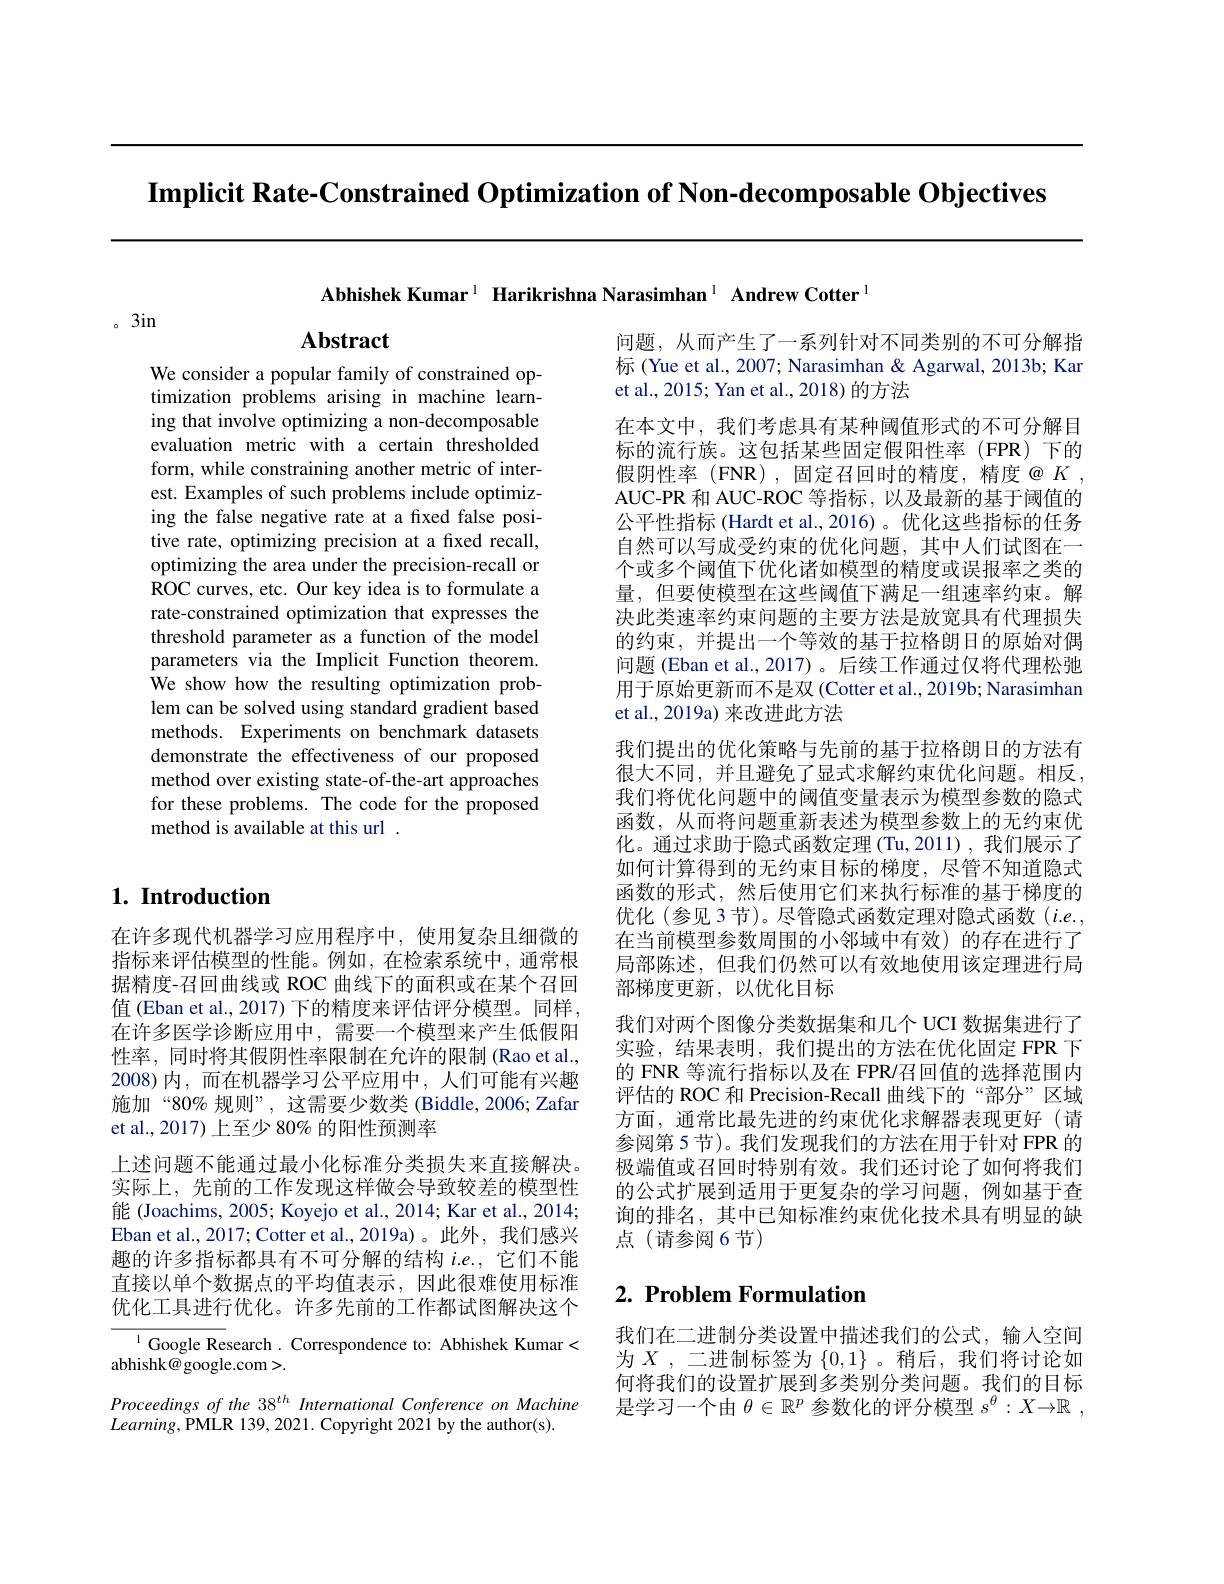
$\textbf{Implicit Rate- Constrained Optimization of Non- decomposable Objectives}$

Abhishek Kumar$^1$ Harikrishna Narasimhan$^1\textbf{ Andrew Cotter}^{1}$

。3in

# Abstract

We consider a popular family of constrained optimization problems arising in machine learning that involve optimizing a non-decomposable evaluation metric with a certain thresholded form, while constraining another metric of interest. Examples of such problems include optimizing the false negative rate at a fixed false positive rate, optimizing precision at a fixed recall, optimizing the area under the precision-recall or ROC curves, etc. Our key idea is to formulate a rate-constrained optimization that expresses the threshold parameter as a function of the model parameters via the Implicit Function theorem. We show how the resulting optimization problem can be solved using standard gradient based methods. Experiments on benchmark datasets demonstrate the effectiveness of our proposed method over existing state-of-the-art approaches for these problems. The code for the proposed method is available at this url .

问题，从而产生了一系列针对不同类别的不可分解指标(Yue et al., 2007; Narasimhan & Agarwal, 2013b; Kar et al., 2015; Yan et al., 2018) 的方法
在本文中，我们考虑具有某种阈值形式的不可分解目标的流行族。这包括某些固定假阳性率(FPR)下的假阴性率(FNR),固定召回时的精度，精度@K, AUC-PR 和 AUC-ROC 等指标，以及最新的基于阈值的公平性指标 (Hardt et al., 2016)。优化这些指标的任务自然可以写成受约束的优化问题，其中人们试图在一个或多个阈值下优化诸如模型的精度或误报率之类的量，但要使模型在这些阈值下满足一组速率约束。解决此类速率约束问题的主要方法是放宽具有代理损失的约束，并提出一个等效的基于拉格朗日的原始对偶问题 (Eban et al.,2017)。后续工作通过仅将代理松弛用于原始更新而不是双(Cotter et al.,2019b; Narasimhan et al., 2019a) 来改进此方法
我们提出的优化策略与先前的基于拉格朗日的方法有很大不同，并且避免了显式求解约束优化问题。相反， 我们将优化问题中的阈值变量表示为模型参数的隐式函数，从而将问题重新表述为模型参数上的无约束优化。通过求助于隐式函数定理(Tu,2011),我们展示了如何计算得到的无约束目标的梯度，尽管不知道隐式函数的形式，然后使用它们来执行标准的基于梯度的优化(参见 3节)。尽管隐式函数定理对隐式函数(i.e., 在当前模型参数周围的小邻域中有效)的存在进行了局部陈述，但我们仍然可以有效地使用该定理进行局部梯度更新，以优化目标
我们对两个图像分类数据集和几个 UCI 数据集进行了实验，结果表明，我们提出的方法在优化固定 FPR 下的 FNR 等流行指标以及在 FPR/召回值的选择范围内评估的 ROC 和 Precision-Recall 曲线下的“部分”区域方面，通常比最先进的约束优化求解器表现更好(请参阅第5节)。我们发现我们的方法在用于针对 FPR 的极端值或召回时特别有效。我们还讨论了如何将我们的公式扩展到适用于更复杂的学习问题，例如基于查询的排名，其中已知标准约束优化技术具有明显的缺点 (请参阅6节)

## $1. \textbf{ Introduction}$

在许多现代机器学习应用程序中，使用复杂且细微的指标来评估模型的性能。例如，在检索系统中，通常根据精度-召回曲线或 ROC 曲线下的面积或在某个召回值(Eban et al., 2017) 下的精度来评估评分模型。同样， 在许多医学诊断应用中，需要一个模型来产生低假阳性率，同时将其假阴性率限制在允许的限制(Rao et al., 2008)内，而在机器学习公平应用中，人们可能有兴趣施加“80% 规则”,这需要少数类 (Biddle,2006;Zafar et al.,2017) 上至少 80% 的阳性预测率
上述问题不能通过最小化标准分类损失来直接解决。实际上，先前的工作发现这样做会导致较差的模型性能 (Joachims, 2005; Koyejo et al., 2014; Kar et al., 2014; Eban et al., 2017; Cotter et al., 2019a)。此外，我们感兴趣的许多指标都具有不可分解的结构$i.e.$,它们不能直接以单个数据点的平均值表示，因此很难使用标准优化工具进行优化。许多先前的工作都试图解决这个
$^{1}$Google Research. Correspondence to: Abhishek Kumar<

## $2. \textbf{ Problem Formulation}$

我们在二进制分类设置中描述我们的公式，输人空间为$X$,二进制标签为$\{0,1\}$。稍后，我们将讨论如何将我们的设置扩展到多类别分类问题。我们的目标是学习一个由$\theta\in\mathbb{R}^p$参数化的评分模型$s^\theta : X\to \mathbb{R}$ ,

abhishk@ google.com>.
Proceedings of the 38 th International Conference on Machine
$Learning$,PMLR 139,2021. Copyright 2021 by the author(s).